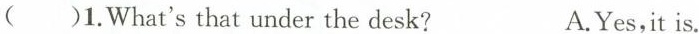
()1.What'sthat under the desk? A.Yes,it is.